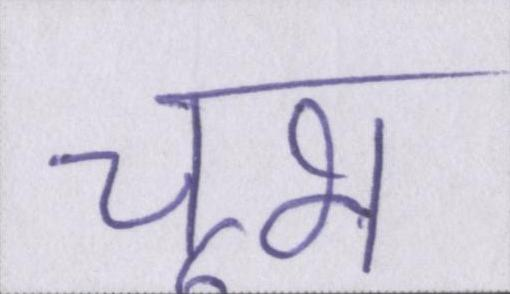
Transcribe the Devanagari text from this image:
चूभ